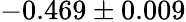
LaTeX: -0.469\pm 0.009